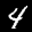
Label: 4